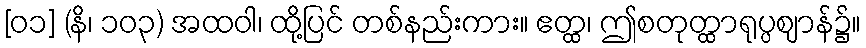
[၀၁] (နိ၊ ၁၀၃) အထဝါ၊ ထို့ပြင် တစ်နည်းကား။ ဧတ္ထ၊ ဤစတုတ္ထာရုပ္ပဈာန်၌။